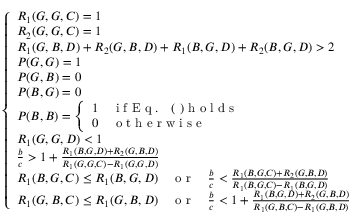
\begin{array} { r } { \left\{ \begin{array} { l l } { R _ { 1 } ( G , G , C ) = 1 } \\ { R _ { 2 } ( G , G , C ) = 1 } \\ { R _ { 1 } ( G , B , D ) + R _ { 2 } ( G , B , D ) + R _ { 1 } ( B , G , D ) + R _ { 2 } ( B , G , D ) > 2 } \\ { P ( G , G ) = 1 } \\ { P ( G , B ) = 0 } \\ { P ( B , G ) = 0 } \\ { P ( B , B ) = \left\{ \begin{array} { l l } { 1 } & { \mathrm { ~ i ~ f ~ E ~ q ~ . ~ ~ ~ ( ~ ) ~ h ~ o ~ l ~ d ~ s ~ } } \\ { 0 } & { \mathrm { ~ o ~ t ~ h ~ e ~ r ~ w ~ i ~ s ~ e ~ } } \end{array} \right. } \\ { R _ { 1 } ( G , G , D ) < 1 } \\ { \frac { b } { c } > 1 + \frac { R _ { 1 } ( B , G , D ) + R _ { 2 } ( G , B , D ) } { R _ { 1 } ( G , G , C ) - R _ { 1 } ( G , G , D ) } } \\ { R _ { 1 } ( B , G , C ) \leq R _ { 1 } ( B , G , D ) { \quad \mathrm { ~ o ~ r ~ } \quad } \frac { b } { c } < \frac { R _ { 1 } ( B , G , C ) + R _ { 2 } ( G , B , D ) } { R _ { 1 } ( B , G , C ) - R _ { 1 } ( B , G , D ) } } \\ { R _ { 1 } ( G , B , C ) \leq R _ { 1 } ( G , B , D ) { \quad \mathrm { ~ o ~ r ~ } \quad } \frac { b } { c } < 1 + \frac { R _ { 1 } ( B , G , D ) + R _ { 2 } ( G , B , D ) } { R _ { 1 } ( G , B , C ) - R _ { 1 } ( G , B , D ) } } \end{array} \right. } \end{array}